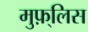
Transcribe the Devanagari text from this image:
मुफ़्लिस